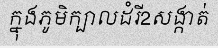
ក្នុងភូមិក្បាលដំរី2សង្កាត់